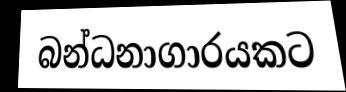
බන්ධනාගාරයකට